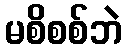
မစိစစ်ဘဲ